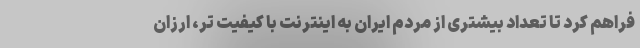
فراهم کرد تا تعداد بیشتری از مردم ایران به اینترنت با کیفیت تر، ارزان